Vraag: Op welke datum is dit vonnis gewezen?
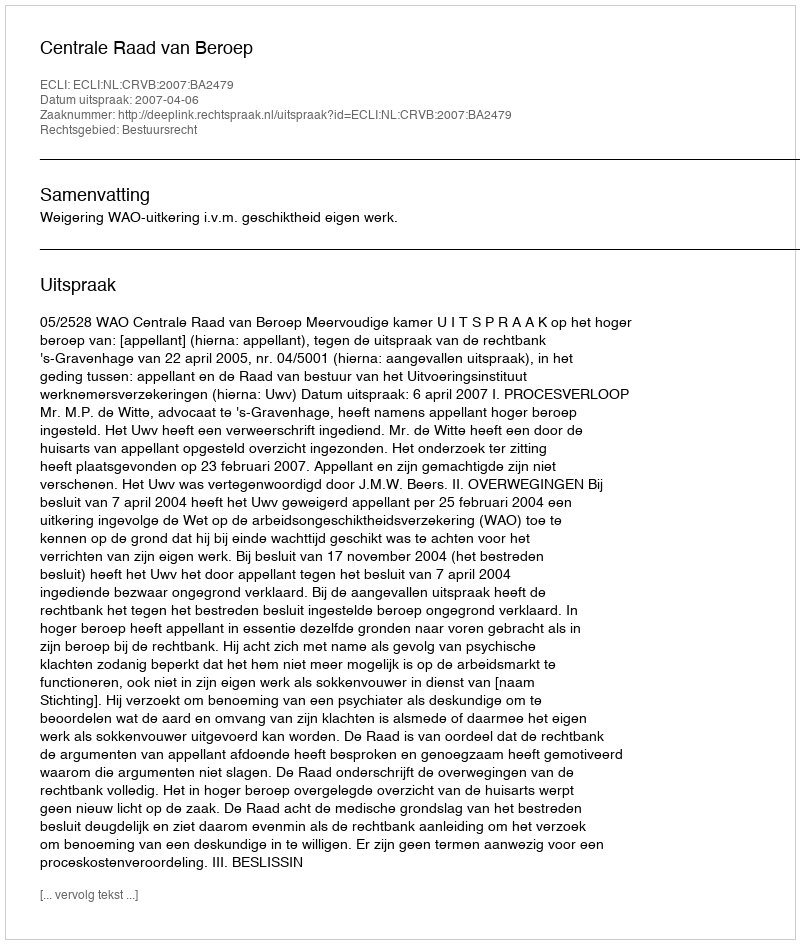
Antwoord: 2007-04-06